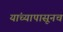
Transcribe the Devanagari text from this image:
यांच्यापासूनच